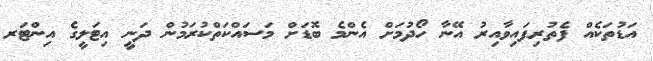
އަޑުތަކެއް ފެތުރިފައިވާއިރު އޭނާ ހޯދުމަށް އެންމެ ބޮޑަށް މަސައްކަތްކުރަމުން ދަނީ އިޓަލީގެ އިންޓަރ